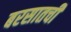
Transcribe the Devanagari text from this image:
बरसातची